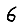
Digit: 6